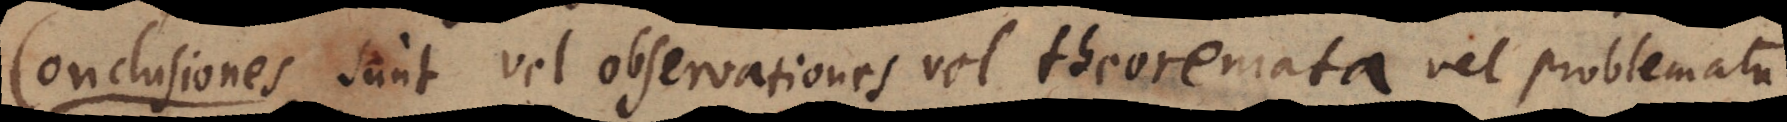
Conclusiones sunt vel observationes vel theoremata vel problemata